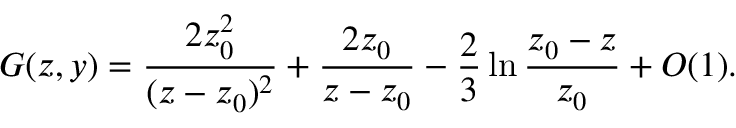
G ( z , y ) = \frac { 2 z _ { 0 } ^ { 2 } } { ( z - z _ { 0 } ) ^ { 2 } } + \frac { 2 z _ { 0 } } { z - z _ { 0 } } - \frac { 2 } { 3 } \ln \frac { z _ { 0 } - z } { z _ { 0 } } + O ( 1 ) .